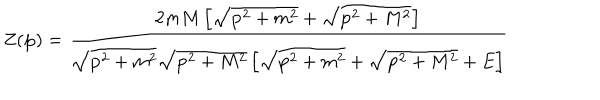
Z ( { \bf p } ) = \frac { 2 m M \left[ \sqrt { { \bf p } ^ { 2 } + m ^ { 2 } } + \sqrt { { \bf p } ^ { 2 } + M ^ { 2 } } \right] } { \sqrt { { \bf p } ^ { 2 } + m ^ { 2 } } \sqrt { { \bf p } ^ { 2 } + M ^ { 2 } } \left[ \sqrt { { \bf p } ^ { 2 } + m ^ { 2 } } + \sqrt { { \bf p } ^ { 2 } + M ^ { 2 } } + E \right] }